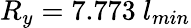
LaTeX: R_{y}=7.773~l_{min}